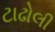
ટાઢોલી